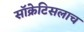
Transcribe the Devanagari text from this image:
सॉक्रेटिसलाच